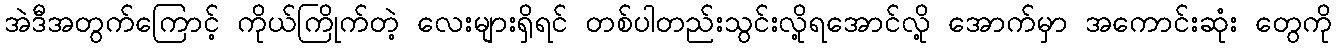
အဲဒီအတွက်ကြောင့် ကိုယ်ကြိုက်တဲ့ လေးများရှိရင် တစ်ပါတည်းသွင်းလို့ရအောင်လို့ အောက်မှာ အကောင်းဆုံး တွေကို